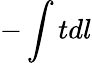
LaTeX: -\int tdl